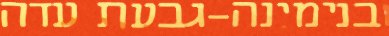
בנימינה-גבעת עדה